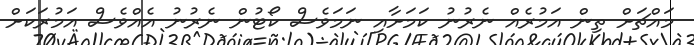
މައްޗަށް ތިން އަމުރެއް ނެރުނު ކަމަށާއި ނަމަވެސް ކޯޓުން ނެރުނު އެއްވެސް އަމުރަކަށް